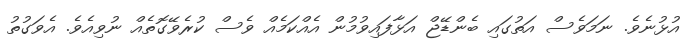
އުޅުނެވެ. ނަމަވެސް އަތުގައި ބެންޑޭޖް އަޅާފައިވުމުން އެއްކަމެއް ވެސް ކުރެވޭގޮތެއް ނުވިއެވެ. އެވަގުތު